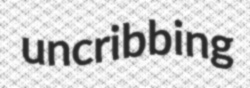
uncribbing